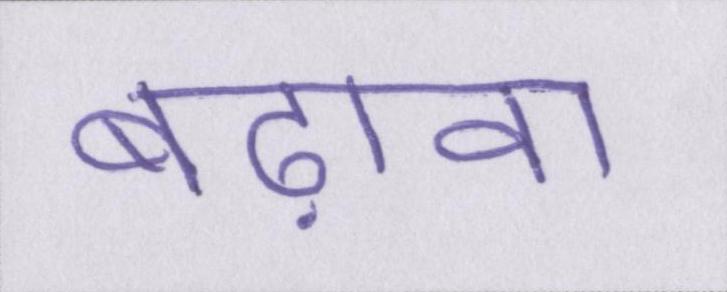
बढ़ावा